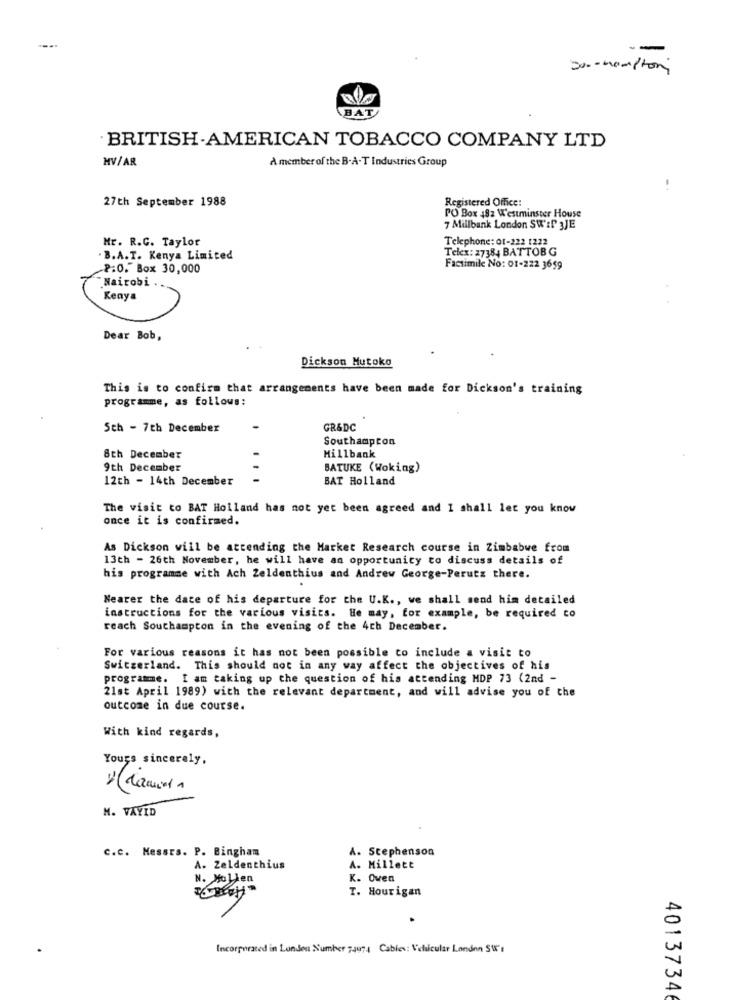
30 . - mompton
BAT
BRITISH.AMERICAN TOBACCO COMPANY LTD
HV/AR
A member of the B-A-T Industries Group
27th September 1988
Registered Office:
PO Box 482 Westminster House
7 Millbank London SW'if JJE
Mr. R.G. Taylor
Telephone: 01-222 1222
Telex: 27384 BATTOBG
. B.A.T. Kenya Limited
2:0," Box 30,000
Facsimile No: 01-222 3659
Nairobi ..
Kenya
Dear Bob,
Dickson Mutoko
This is to confirm that arrangements have been made for Dickson's training
programme, as follows:
5th - 7th December
GR&DC
Southampton
8th December
Millbank
9th December
BATUKE (Woking)
12th - 14th December
BAT Holland
The visit to BAT Holland has not yet been agreed and I shall let you know
once it is confirmed.
As Dickson will be attending the Market Research course in Zimbabwe from
13th - 26th November, he will have an opportunity to discuss details of
his programme with Ach Zeldenthius and Andrew George-Perutz there.
Nearer the date of his departure for the U.K ., we shall send him detailed
instructions for the various visits. He may, for example, be required to
reach Southampton in the evening of the 4ch December.
For various reasons it has not been possible to include a visit to
Switzerland. This should not in any way affect the objectives of his
programme. I am taking up the question of his attending MDP 73 (2nd -
21st April 1989) with the relevant department, and will advise you of the
outcome in due course.
With kind regards,
Yours sincerely,
M. VAYID
C.C. Messrs. P. Bingham
A. Stephenson
A. Zeldenthius
A. Millett
N. Mollen
K. Owen
T. Hourigan
Incorporated in London Number 74474 Cables: Vehicular London SW's
40137346